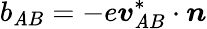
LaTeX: b_{\mathit{A}B}=-e{\boldsymbol{\mathit{v}}}_{\mathit{A}B}^{*}\cdot{\boldsymbol{n}}